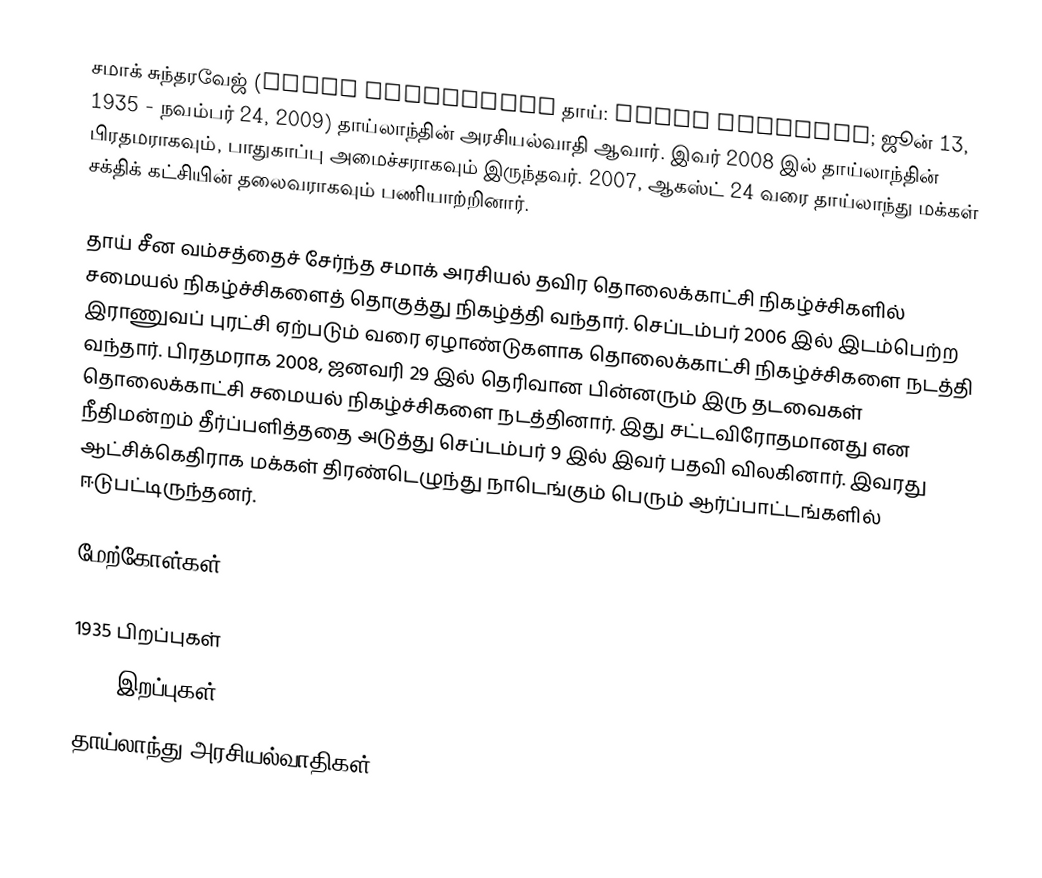
சமாக் சுந்தரவேஜ் (Samak Sundaravej தாய்: สมัคร สุนทรเวช; ஜூன் 13, 1935 - நவம்பர் 24, 2009) தாய்லாந்தின் அரசியல்வாதி ஆவார். இவர் 2008 இல் தாய்லாந்தின் பிரதமராகவும், பாதுகாப்பு அமைச்சராகவும் இருந்தவர். 2007, ஆகஸ்ட் 24 வரை தாய்லாந்து மக்கள் சக்திக் கட்சியின் தலைவராகவும் பணியாற்றினார்.

தாய் சீன வம்சத்தைச் சேர்ந்த சமாக் அரசியல் தவிர தொலைக்காட்சி நிகழ்ச்சிகளில் சமையல் நிகழ்ச்சிகளைத் தொகுத்து நிகழ்த்தி வந்தார். செப்டம்பர் 2006 இல் இடம்பெற்ற இராணுவப் புரட்சி ஏற்படும் வரை ஏழாண்டுகளாக தொலைக்காட்சி நிகழ்ச்சிகளை நடத்தி வந்தார். பிரதமராக 2008, ஜனவரி 29 இல் தெரிவான பின்னரும் இரு தடவைகள் தொலைக்காட்சி சமையல் நிகழ்ச்சிகளை நடத்தினார். இது சட்டவிரோதமானது என நீதிமன்றம் தீர்ப்பளித்ததை அடுத்து செப்டம்பர் 9 இல் இவர் பதவி விலகினார். இவரது ஆட்சிக்கெதிராக மக்கள் திரண்டெழுந்து நாடெங்கும் பெரும் ஆர்ப்பாட்டங்களில் ஈடுபட்டிருந்தனர்.

மேற்கோள்கள்

1935 பிறப்புகள்
2009 இறப்புகள்
தாய்லாந்து அரசியல்வாதிகள்